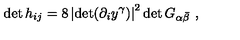
\det h _ { i j } = 8 \left| \det ( \partial _ { i } y ^ { \gamma } ) \right| ^ { 2 } \det G _ { \alpha \bar { \beta } } \ ,